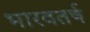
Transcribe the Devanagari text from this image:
भारवतर्ष